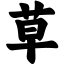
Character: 草